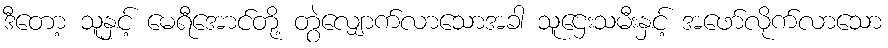
ဒီတော့ သူနှင့် မေရီအောင်တို့ တွဲလျှောက်လာသောအခါ သူဌေးသမီးနှင့် အဖော်လိုက်လာသော